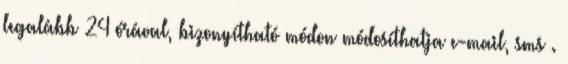
legalább 24 órával, bizonyítható módon módosíthatja e-mail, sms .